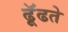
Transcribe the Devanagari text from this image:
ढूॅढते